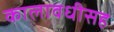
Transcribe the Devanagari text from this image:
कालावधीसह